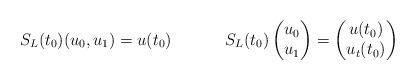
LaTeX: \begin{align*} &S_L (t_0) (u_0,u_1) = u(t_0)& &S_L (t_0) \begin{pmatrix} u_0\\ u_1 \end{pmatrix} = \begin{pmatrix} u(t_0)\\ u_t (t_0) \end{pmatrix}&\end{align*}